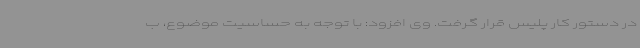
در دستور کار پلیس قرار گرفت. وی افزود: با توجه به حساسیت موضوع، ب